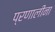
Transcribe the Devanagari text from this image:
प्रणालींना